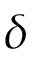
\delta